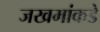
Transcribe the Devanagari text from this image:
जखमांकडे